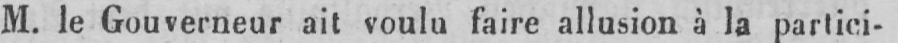
M. le Gouverneur ait voulu faire allusion à la partici-